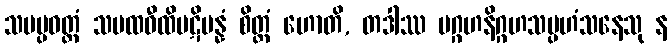
သမပ္ပဝတ္တံ သမထဝီထိပဋိပန္နံ စိတ္တံ ဟောတိ, တဒါဿ ပဂ္ဂဟနိဂ္ဂဟသမ္ပဟံသနေသု န